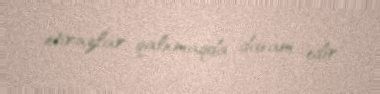
etirazlar qalxmaqda davam edir.